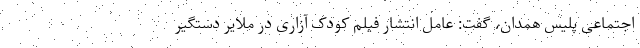
اجتماعی پلیس همدان، گفت: عامل انتشار فیلم کودک آزاری در ملایر دستگیر